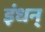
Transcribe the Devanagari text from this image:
इंधन्